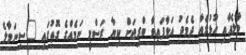
މާލެއާއި ހުޅުލެއާ ދެމެދު އަޅާފައިވާ ބްރިޖަށް ކިޔާ ރަސްމީ ނަމެއްގެ ގޮތުގައި "ސިނަމާލެ